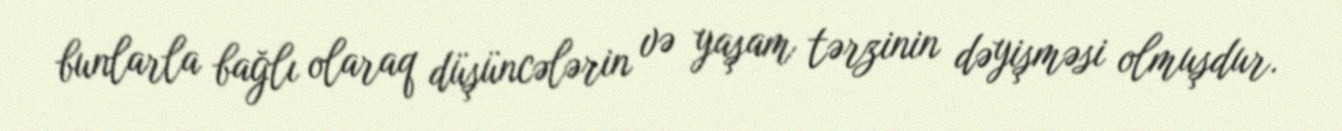
bunlarla bağlı olaraq düşüncələrin və yaşam tərzinin dəyişməsi olmuşdur.